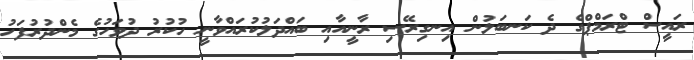
ރައީސް ޓްރަމްޕްގެ ދެ ކަނބަލުން އިނގިރޭސި ރާނީއާއި ބައްދަލުކުރައްވާނީ ހުކުރު ދުވަހުގެ މެންދުރުފަހު